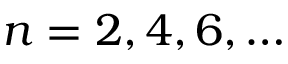
n = 2 , 4 , 6 , \ldots